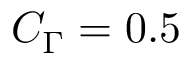
C _ { \Gamma } = 0 . 5